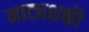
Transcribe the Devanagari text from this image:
नाट्यशक्ती